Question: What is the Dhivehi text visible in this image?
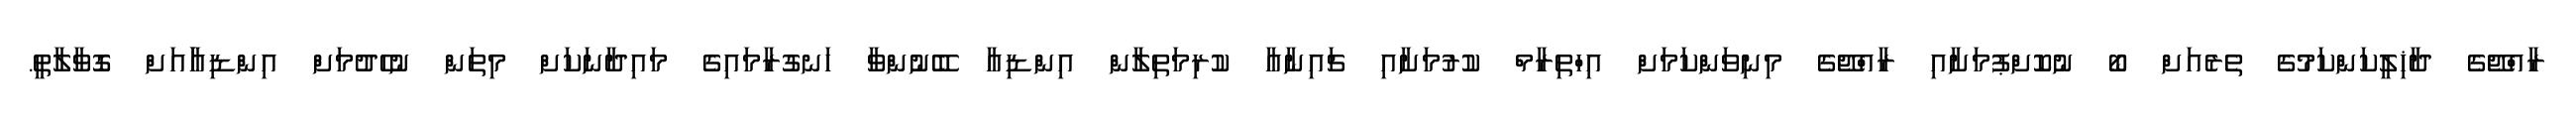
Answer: ރާއްޖޭގެ ދާޚިލީކަންކަމުގެ ތެރެއަށް ބޯ ނުކޮށްޕުމަށާއި ރާއްޖޭގެ މިނިވަންކަމަށް އިހްތިރާމް ކުރުމަށާއި ޗައިނާއާ ކުރިމަތިލާން އިންޑިއާ ބޭނުންވާ ހަނގުރާމައިގެ މައިދާނަކަށް މިތަން ނުހެދުމަށް އިންޑިއާައަށް ގޮވާލާތީ.